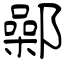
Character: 鄵